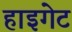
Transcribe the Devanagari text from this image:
हाइगेट